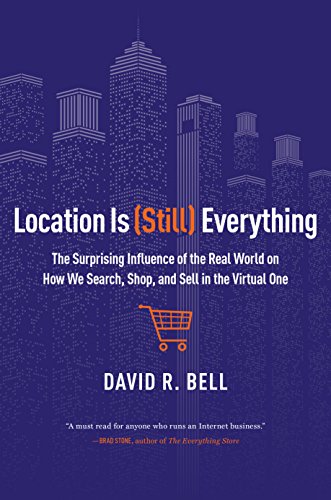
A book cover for Location Is (Still) Everything: The Surprising Influence of the Real World on How We Search, Shop, and Sell in the Virtual One; David R. Bell; Business & Money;